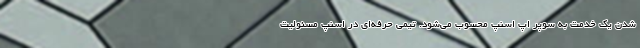
شدن یک خدمت به سوپر اپ اسنپ محسوب می‌شود. تیمی حرفه‌ای در اسنپ مسئولیت